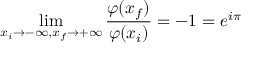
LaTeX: \operatorname * { l i m } _ { x _ { i } \rightarrow - \infty , x _ { f } \rightarrow + \infty } \frac { \varphi ( x _ { f } ) } { \varphi ( x _ { i } ) } = - 1 = e ^ { i \pi } \nonumber